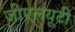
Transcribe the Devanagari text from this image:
जीएलयूटी